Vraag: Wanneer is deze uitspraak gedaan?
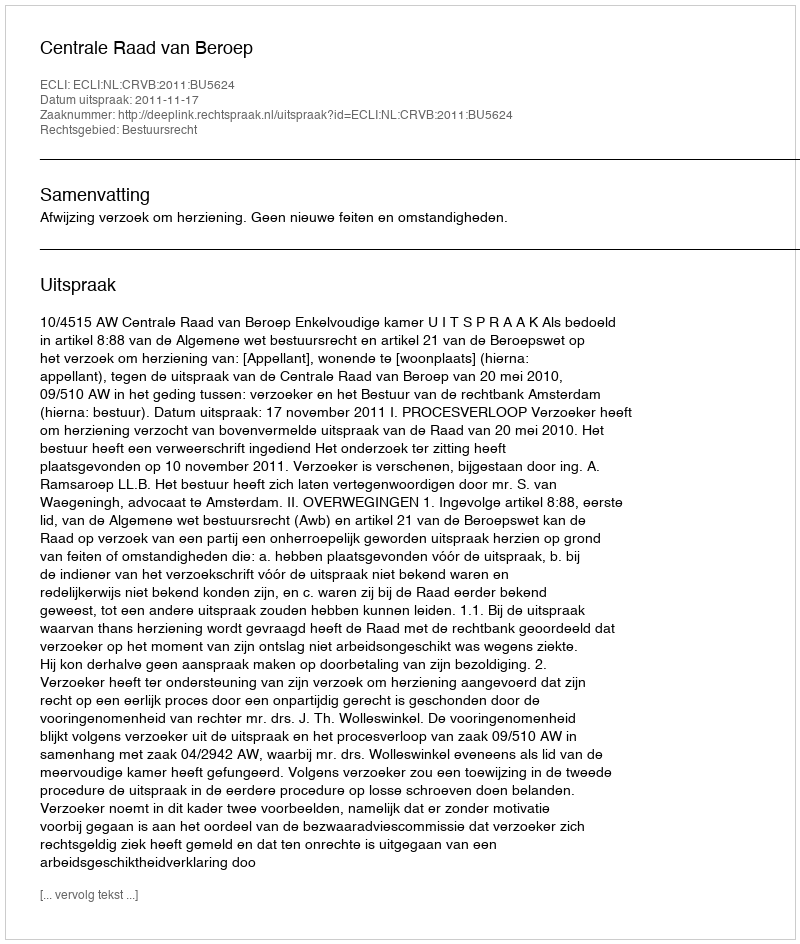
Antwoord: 2011-11-17